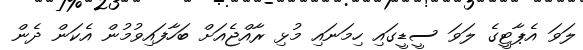
ލަވަ އެޕާޓީގެ ލަވަ ސީޑީގައި ހިމަނައި މުޅި ރާއްޖެއަށް ބަހާފައިވުމުން އެކަން ދެން